Indian journal of veterinary science and animal husbandry - Volume 3,
Year: 1933
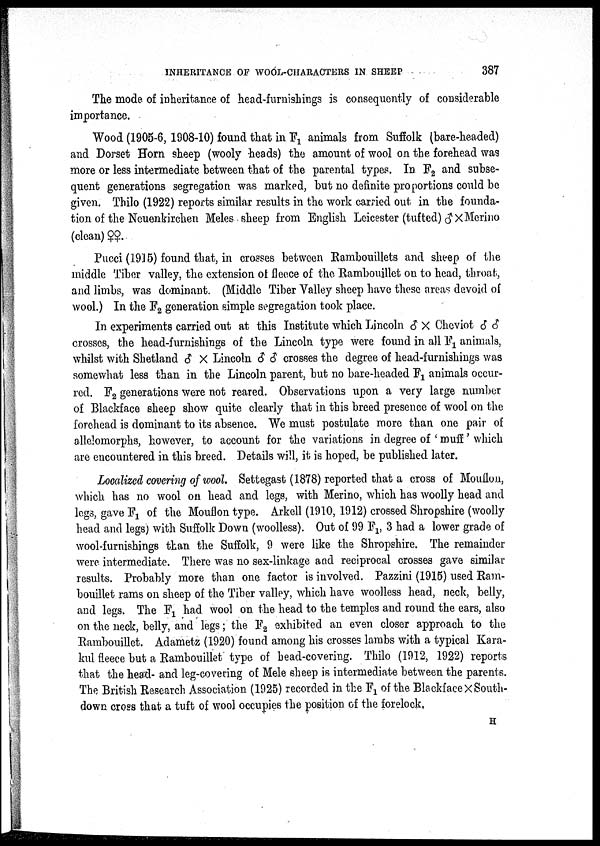
INHERITANCE OF WOOL-CHARACTERS IN SHEEP
387
The mode of inheritance of head-furnishings is consequently of considerable
importance.
Wood (1905-6, 1908-10) found that in F 1 animals from Suffolk (bare-headed)
and Dorset Horn sheep (wooly heads) the amount of wool on the forehead was
more or less intermediate between that of the parental types. In F 2 and subse
quent generations segregation was marked, but no definite proportions could be
given. Thilo (1922) reports similar results in the work carried out in the founda
tion of the Neuenkirchen Meles sheep from English Leicester (tufted) ♂ × Merino
(clean) ♀♀.
Pucci (1915) found that, in crosses between Rambouillets and sheep of the
middle Tiber valley, the extension of fleece of the Rambouillet on to head, throat;,
and limbs, was dominant. (Middle Tiber Valley sheep have these areas devoid of
wool.) In the F 2 generation simple segregation took place.
In experiments carried out at this Institute which Lincoln ♂ × Cheviot ♂ ♂
crosses, the head-furnishings of the Lincoln type were found in all F 1 animals,
whilst with Shetland ♂ × Lincoln ♂ ♂ crosses the degree of head-furnishings was
somewhat less than in the Lincoln parent, but no bare-headed F 1 animals occur
red. F 2 generations were not reared. Observations upon a very large number
of Blackface sheep show quite clearly that in this breed presence of wool on the
forehead is dominant to its absence. We must postulate more than one pair of
allelomorphs, however, to account for the variations in degree of ' muff' which
are encountered in this breed. Details will, it is hoped, be published later.
Localized covering of wool. Settegast (1878) reported that a cross of Mouflon,
which has no wool on head and legs, with Merino, which has woolly head and
legs, gave F 1 of the Mouflon type. Arkell (1910, 1912) crossed Shropshire (woolly
head and legs) with Suffolk Down (woolless). Out of 99 F l, 3 had a lower grade of
wool-furnishings than the Suffolk, 9 were like the Shropshire. The remainder
were intermediate. There was no sex-linkage and reciprocal crosses gave similar
results. Probably more than one factor is involved. Pazzini (1915) used Ram
bouillet rams on sheep of the Tiber valley, which have woolless head, neck, belly,
and legs. The F 1 had wool on the head to the temples and round the ears, also
on the neck, belly, and legs; the F 2 exhibited an even closer approach to the
Rambouillet. Adametz (1920) found among his crosses lambs with a typical Kara
kul fleece but a Rambouillet type of bead-covering. Thilo (1912, 1922) reports
that the head- and leg-covering of Mele sheep is intermediate between the parents.
The British Research Association (1925) recorded in the F 1 of the Blackface X South
down cross that a tuft of wool occupies the position of the forelock,
H